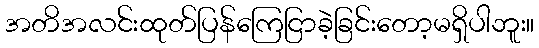
အတိအလင်းထုတ်ပြန်ကြေငြာခဲ့ခြင်းတော့မရှိပါဘူး။